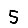
Digit: 5